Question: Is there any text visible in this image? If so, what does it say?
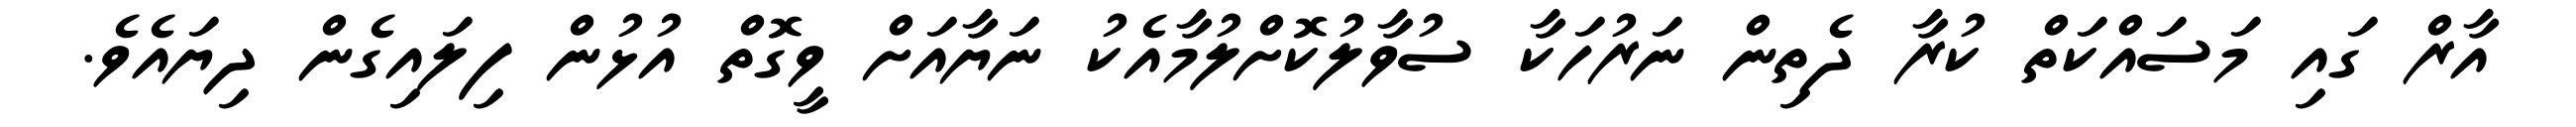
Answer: އާރް ގައި މަސައްކަތް ކުރާ ދެތިން ނަރުހަކާ ސުވާލުކޮށްލުމާއެކު ނަޔާއަށް ވީގޮތް އުޅުން ފިލައިގެން ދިޔައެވެ.